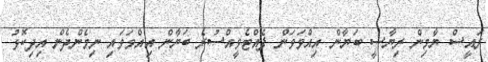
ރައީސް ޔާމިން ރިޔާސީ ބަޔާން އިއްވަވަން ފެއްޓެވީއްސުރެ ބަޔާން އިއްވަވައި ނިމެންދެން އިދިކޮޅު